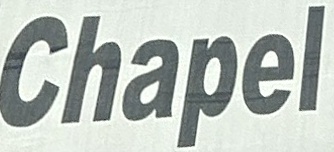
Chapel